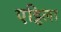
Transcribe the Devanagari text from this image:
एट्टिला